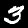
Digit: 3